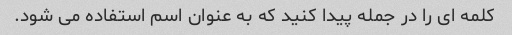
کلمه ای را در جمله پیدا کنید که به عنوان اسم استفاده می شود.